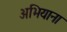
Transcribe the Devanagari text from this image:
अभियाना